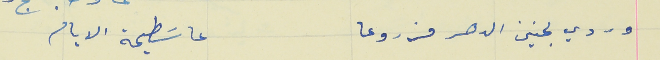
وردي بحنين الدهر مزروعا                                عا سَطيحة الايام